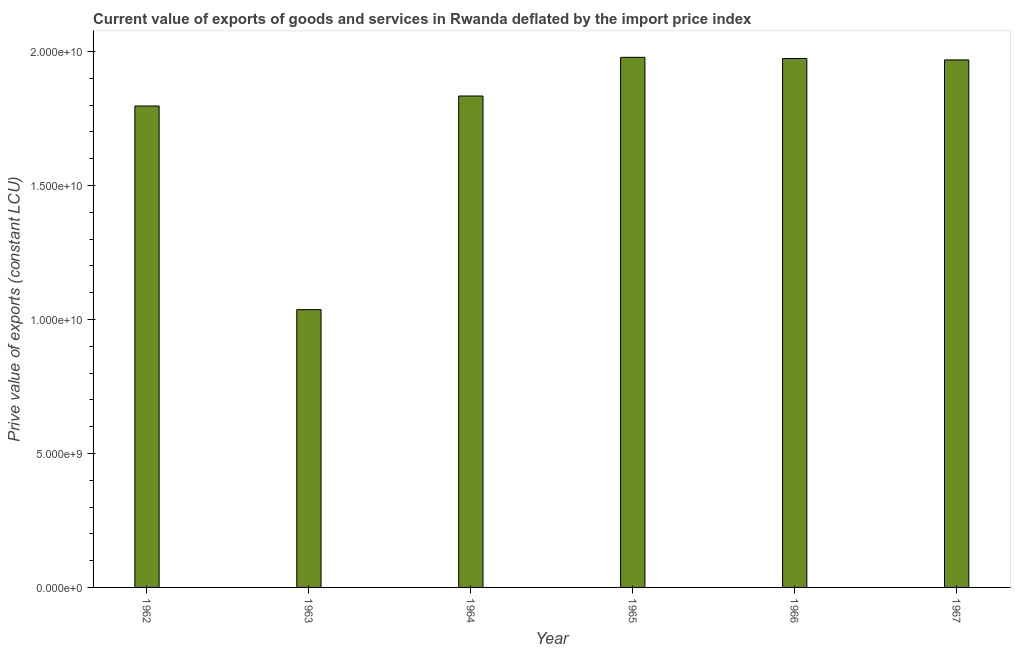
| Year | Exports as a capacity to import (constant LCU) |
 | --- | --- |
 | 1962 | 1.8e+10 |
 | 1963 | 1.04e+10 |
 | 1964 | 1.83e+10 |
 | 1965 | 1.98e+10 |
 | 1966 | 1.97e+10 |
 | 1967 | 1.97e+10 |